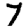
Digit: 7